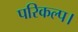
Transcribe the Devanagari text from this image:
परिकल्प।